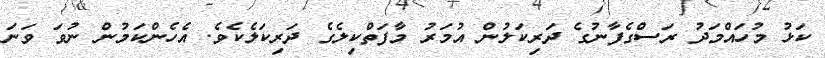
ކަޅު މުހައްމަދު ރަސްގެފާނުގެ ދަރިކަލުން އުމަރު މާފަތްކިލެގެ ދަރިކަލެކެވެ. އެހެންކަމުން ނުވަ ވަނަ